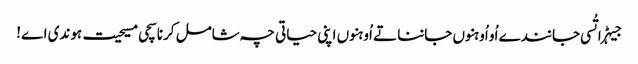
جیہڑا تُسی جانندے اُو اُوہنوں جاننا تے اُوہنوں اپنی حیاتی چہ شامل کرنا سچی مسیحیت ہوندی اے!